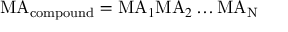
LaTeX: \mathrm { M A } _ { \mathrm { c o m p o u n d } } = \mathrm { M A } _ { 1 } \mathrm { M A } _ { 2 } \ldots \mathrm { M A } _ { \mathrm { N } }